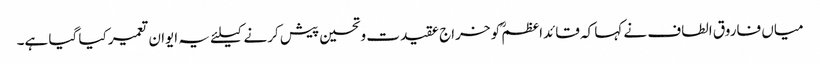
میاں فاروق الطاف نے کہا کہ قائداعظمؒ کو خراج عقیدت وتحسین پیش کرنے کیلئے یہ ایوان تعمیر کیا گیا ہے۔